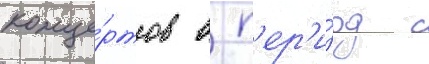
конце́ртов в п'ер'и́од с